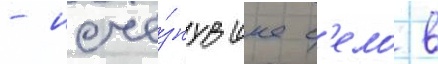
- исче́знувшее с'ело в